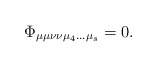
\begin{align*}\Phi_{\mu\mu\nu\nu\mu_4...\mu_s}=0.\end{align*}